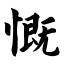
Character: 慨